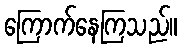
ကြောက်နေကြသည်။